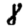
Digit: 8